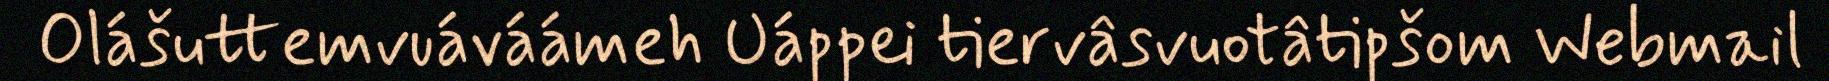
Olášuttemvuáváámeh Uáppei tiervâsvuotâtipšom Webmail